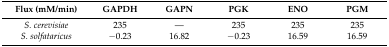
<table><thead><tr><td><b>Flux (mM/min)</b></td><td><b>GAPDH</b></td><td><b>GAPN</b></td><td><b>PGK</b></td><td><b>ENO</b></td><td><b>PGM</b></td></tr></thead><tbody><tr><td><i>S. cerevisiae</i></td><td>235</td><td>---</td><td>235</td><td>235</td><td>235</td></tr><tr><td><i>S. solfataricus</i></td><td>−0.23</td><td>16.82</td><td>−0.23</td><td>16.59</td><td>16.59</td></tr></tbody></table>